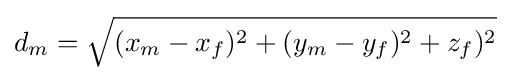
d_{m}={\sqrt {(x_{m}-x_{f})^{2}+(y_{m}-y_{f})^{2}+z_{f})^{2}}}